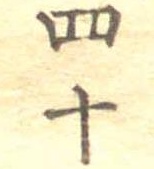
四十